65_HS1-834228961_62-HQ-83894_Section_7
Agency: FBI
Page 12
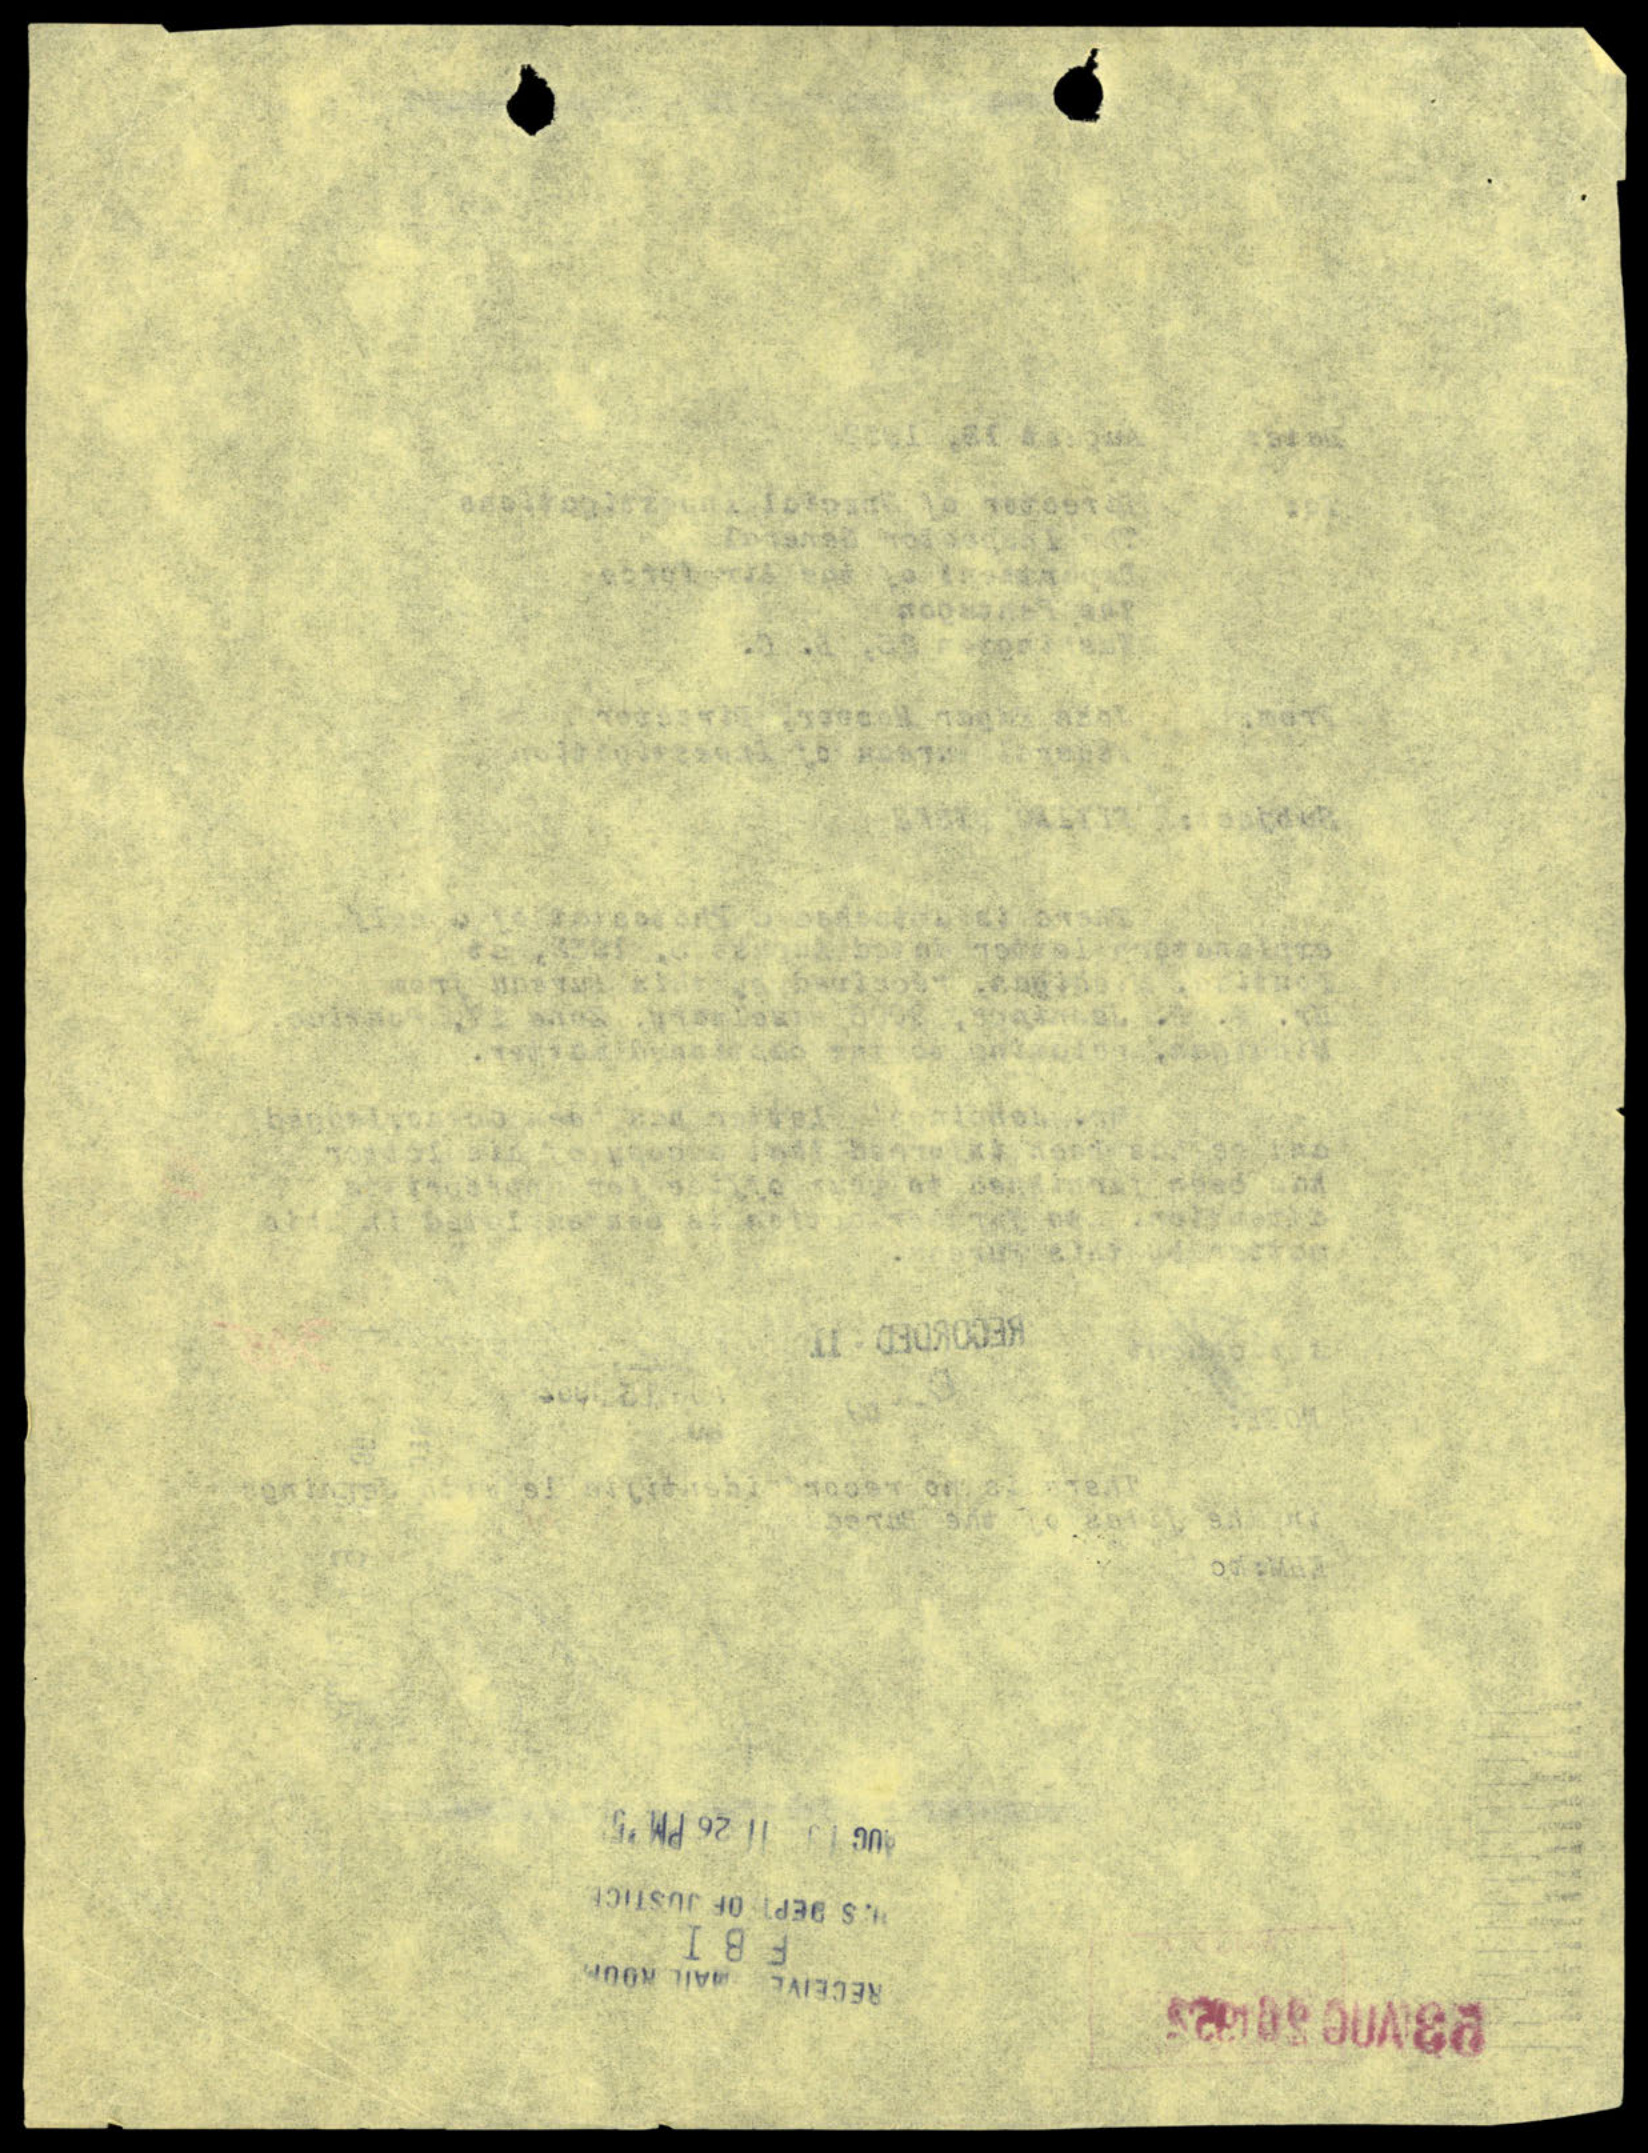